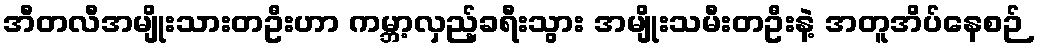
အီတလီအမျိုးသားတဦးဟာ ကမ္ဘာ့လှည့်ခရီးသွား အမျိုးသမီးတဦးနဲ့ အတူအိပ်နေစဉ်